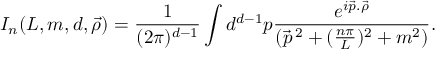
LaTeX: I _ { n } ( L , m , d , \vec { \rho } ) = \frac { 1 } { ( 2 \pi ) ^ { d - 1 } } \int { } d ^ { d - 1 } p \frac { e ^ { i \vec { p } . \vec { \rho } } } { ( \vec { p } ^ { \, 2 } + ( \frac { n \pi } { L } ) ^ { 2 } + m ^ { 2 } ) } .